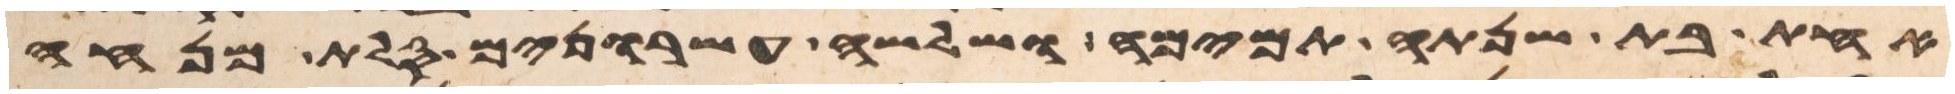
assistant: אחת בת שנתה תמימה ושלשה עשרנים סלת מנחה